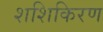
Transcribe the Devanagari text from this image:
शशिकिरण